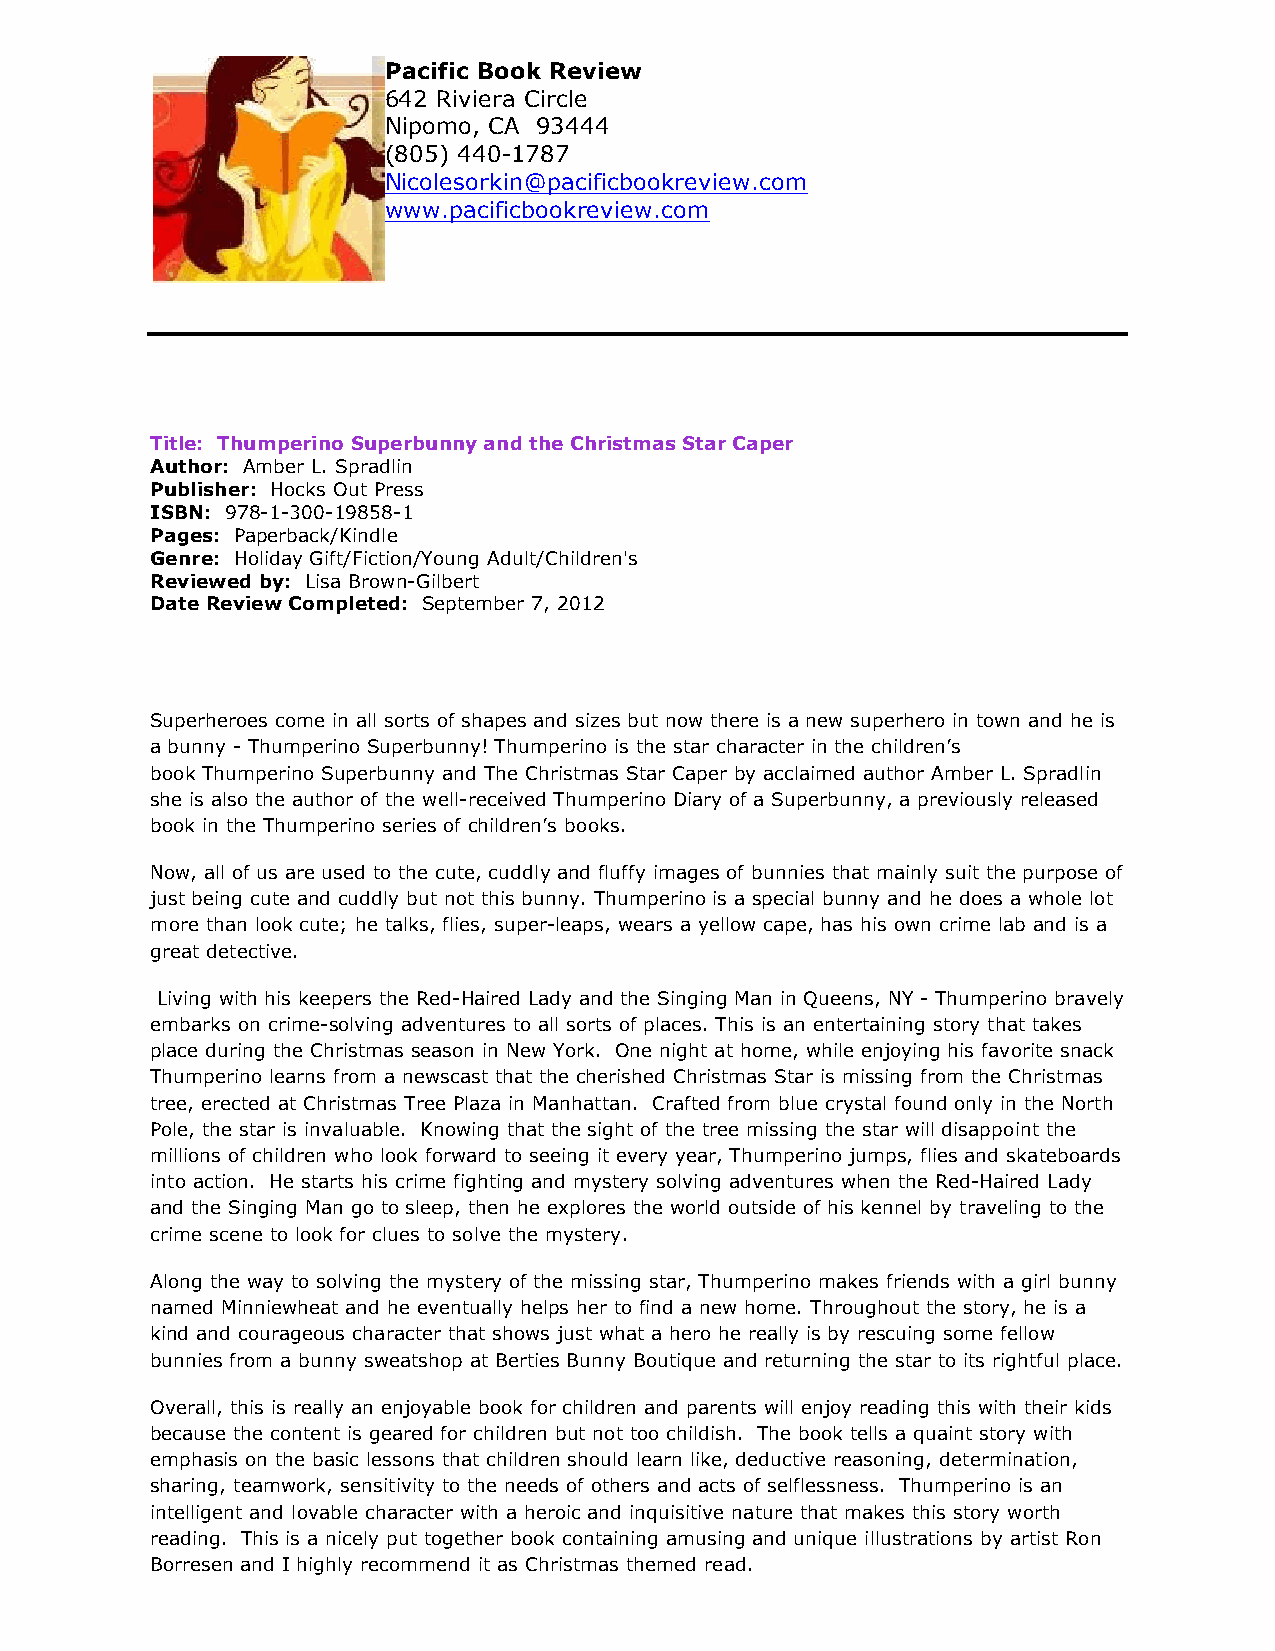
Pacific Book Review
 642 Riviera Circle
 Nipomo, CA 93444
 (805) 440-1787
 Nicolesorkin@pacificbookreview.com
 www.pacificbookreview.com
 Title: Thumperino Superbunny and the Christmas Star Caper
 Author: Amber L. Spradlin
 Publisher: Hocks Out Press
 ISBN: 978-1-300-19858-1
 Pages: Paperback/Kindle
 Genre: Holiday Gift/Fiction/Young Adult/Children's
 Reviewed by: Lisa Brown-Gilbert
 Date Review Completed: September 7, 2012
 Superheroes come in all sorts of shapes and sizes but now there is a new superhero in town and he is
 a bunny - Thumperino Superbunny! Thumperino is the star character in the children’s
 book Thumperino Superbunny and The Christmas Star Caper by acclaimed author Amber L. Spradlin
 she is also the author of the well-received Thumperino Diary of a Superbunny, a previously released
 book in the Thumperino series of children’s books.
 Now, all of us are used to the cute, cuddly and fluffy images of bunnies that mainly suit the purpose of
 just being cute and cuddly but not this bunny. Thumperino is a special bunny and he does a whole lot
 more than look cute; he talks, flies, super-leaps, wears a yellow cape, has his own crime lab and is a
 great detective.
 Living with his keepers the Red-Haired Lady and the Singing Man in Queens, NY - Thumperino bravely
 embarks on crime-solving adventures to all sorts of places. This is an entertaining story that takes
 place during the Christmas season in New York. One night at home, while enjoying his favorite snack
 Thumperino learns from a newscast that the cherished Christmas Star is missing from the Christmas
 tree, erected at Christmas Tree Plaza in Manhattan. Crafted from blue crystal found only in the North
 Pole, the star is invaluable. Knowing that the sight of the tree missing the star will disappoint the
 millions of children who look forward to seeing it every year, Thumperino jumps, flies and skateboards
 into action. He starts his crime fighting and mystery solving adventures when the Red-Haired Lady
 and the Singing Man go to sleep, then he explores the world outside of his kennel by traveling to the
 crime scene to look for clues to solve the mystery.
 Along the way to solving the mystery of the missing star, Thumperino makes friends with a girl bunny
 named Minniewheat and he eventually helps her to find a new home. Throughout the story, he is a
 kind and courageous character that shows just what a hero he really is by rescuing some fellow
 bunnies from a bunny sweatshop at Berties Bunny Boutique and returning the star to its rightful place.
 Overall, this is really an enjoyable book for children and parents will enjoy reading this with their kids
 because the content is geared for children but not too childish. The book tells a quaint story with
 emphasis on the basic lessons that children should learn like, deductive reasoning, determination,
 sharing, teamwork, sensitivity to the needs of others and acts of selflessness. Thumperino is an
 intelligent and lovable character with a heroic and inquisitive nature that makes this story worth
 reading. This is a nicely put together book containing amusing and unique illustrations by artist Ron
 Borresen and I highly recommend it as Christmas themed read.